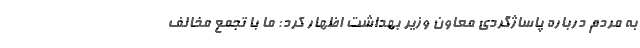
به مردم درباره پاساژگردی معاون وزیر بهداشت اظهار کرد: ما با تجمع مخالف